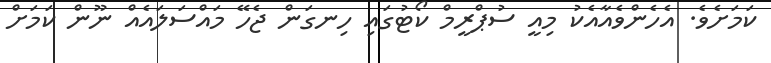
ކަމަށެވެ. އެހެންވެއާއެކު މިއީ ސުޕްރީމް ކޯޓުގައި ހިނގަން ޖެހޭ މައްސަލައެއް ނޫން ކަމަށް